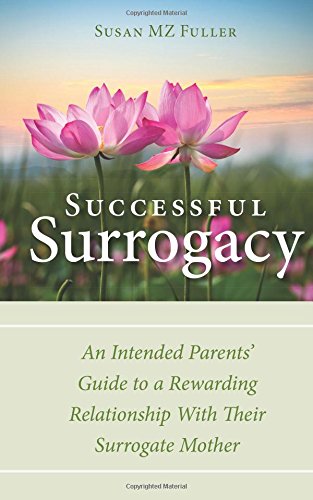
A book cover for Successful Surrogacy: An Intended Parents' Guide to a Rewarding Relationship With Their Surrogate Mother; Susan MZ Fuller; Parenting & Relationships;